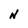
Character: N